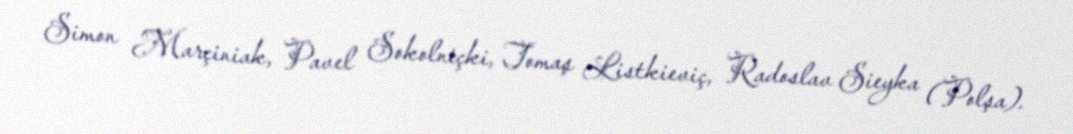
Simon Marçiniak, Pavel Sokolniçki, Tomaş Listkieviç, Radoslav Sieyka (Polşa).